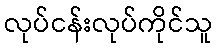
လုပ်ငန်းလုပ်ကိုင်သူ